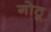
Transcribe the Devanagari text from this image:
गोठू